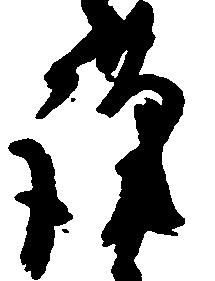
謹